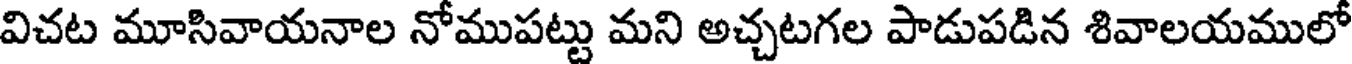
విచట మూసివాయనాల నోముపట్టు మని అచ్చటగల పాడుపడిన శివాలయములో